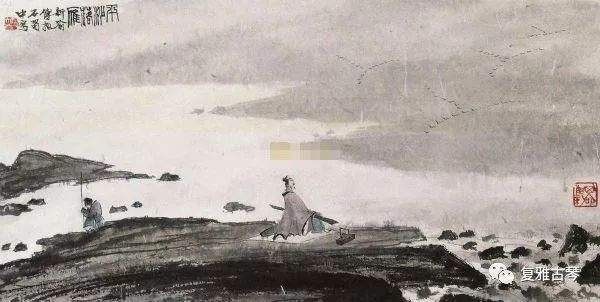
重阳初启节，无射正飞灰。